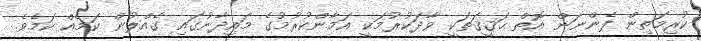
ކުރިމަތިން ފެންނަން އޮތް ޙަޤީޤަތަކީ ވާދަކުރުމަކީ އަމާންކުރުމުގެ މައިދާނުގައި ގެއްލުން ކަމެއް ކަމެވެ.